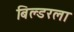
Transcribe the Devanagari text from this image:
बिल्डरला